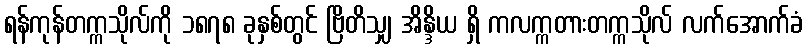
ရန်ကုန်တက္ကသိုလ်ကို ၁၈၇၈ ခုနှစ်တွင် ဗြိတိသျှ အိန္ဒိယ ရှိ ကလက္ကတားတက္ကသိုလ် လက်အောက်ခံ